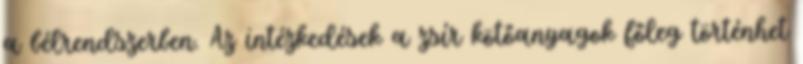
a bélrendszerben. Az intézkedések a zsír kötőanyagok főleg történhet